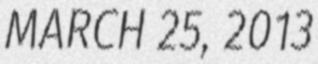
MARCH 25, 2013